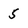
Character: 5